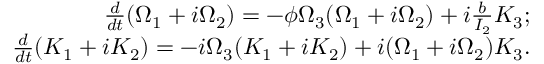
\begin{array} { r } { \frac { d } { d t } ( \Omega _ { 1 } + i \Omega _ { 2 } ) = - \phi \Omega _ { 3 } ( \Omega _ { 1 } + i \Omega _ { 2 } ) + i \frac { b } { I _ { 2 } } K _ { 3 } ; } \\ { \frac { d } { d t } ( K _ { 1 } + i K _ { 2 } ) = - i \Omega _ { 3 } ( K _ { 1 } + i K _ { 2 } ) + i ( \Omega _ { 1 } + i \Omega _ { 2 } ) K _ { 3 } . } \end{array}